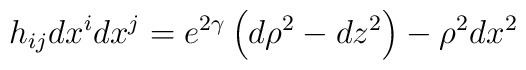
h_{ij}dx^i dx^j=e^{2\gamma} \left(d\rho^2-dz^2\right)-\rho^2 dx^2